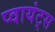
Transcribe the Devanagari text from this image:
प्वायंट्स